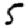
Digit: 5